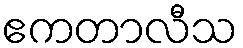
ဧကတာလီသ